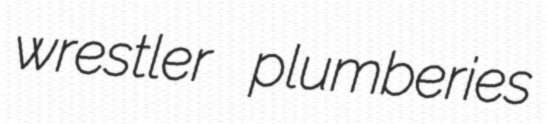
wrestler plumberies